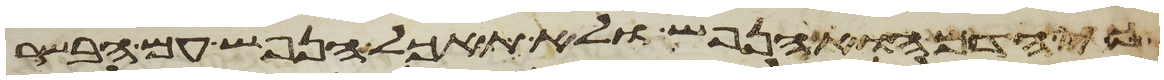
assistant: כי הדם הוא הנפש ולא תאכל הנפש עם הבשר